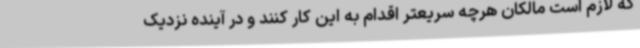
که لازم است مالکان هرچه سریعتر اقدام به این کار کنند و در آینده نزدیک